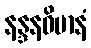
နန္ဒနဝိမာနံ